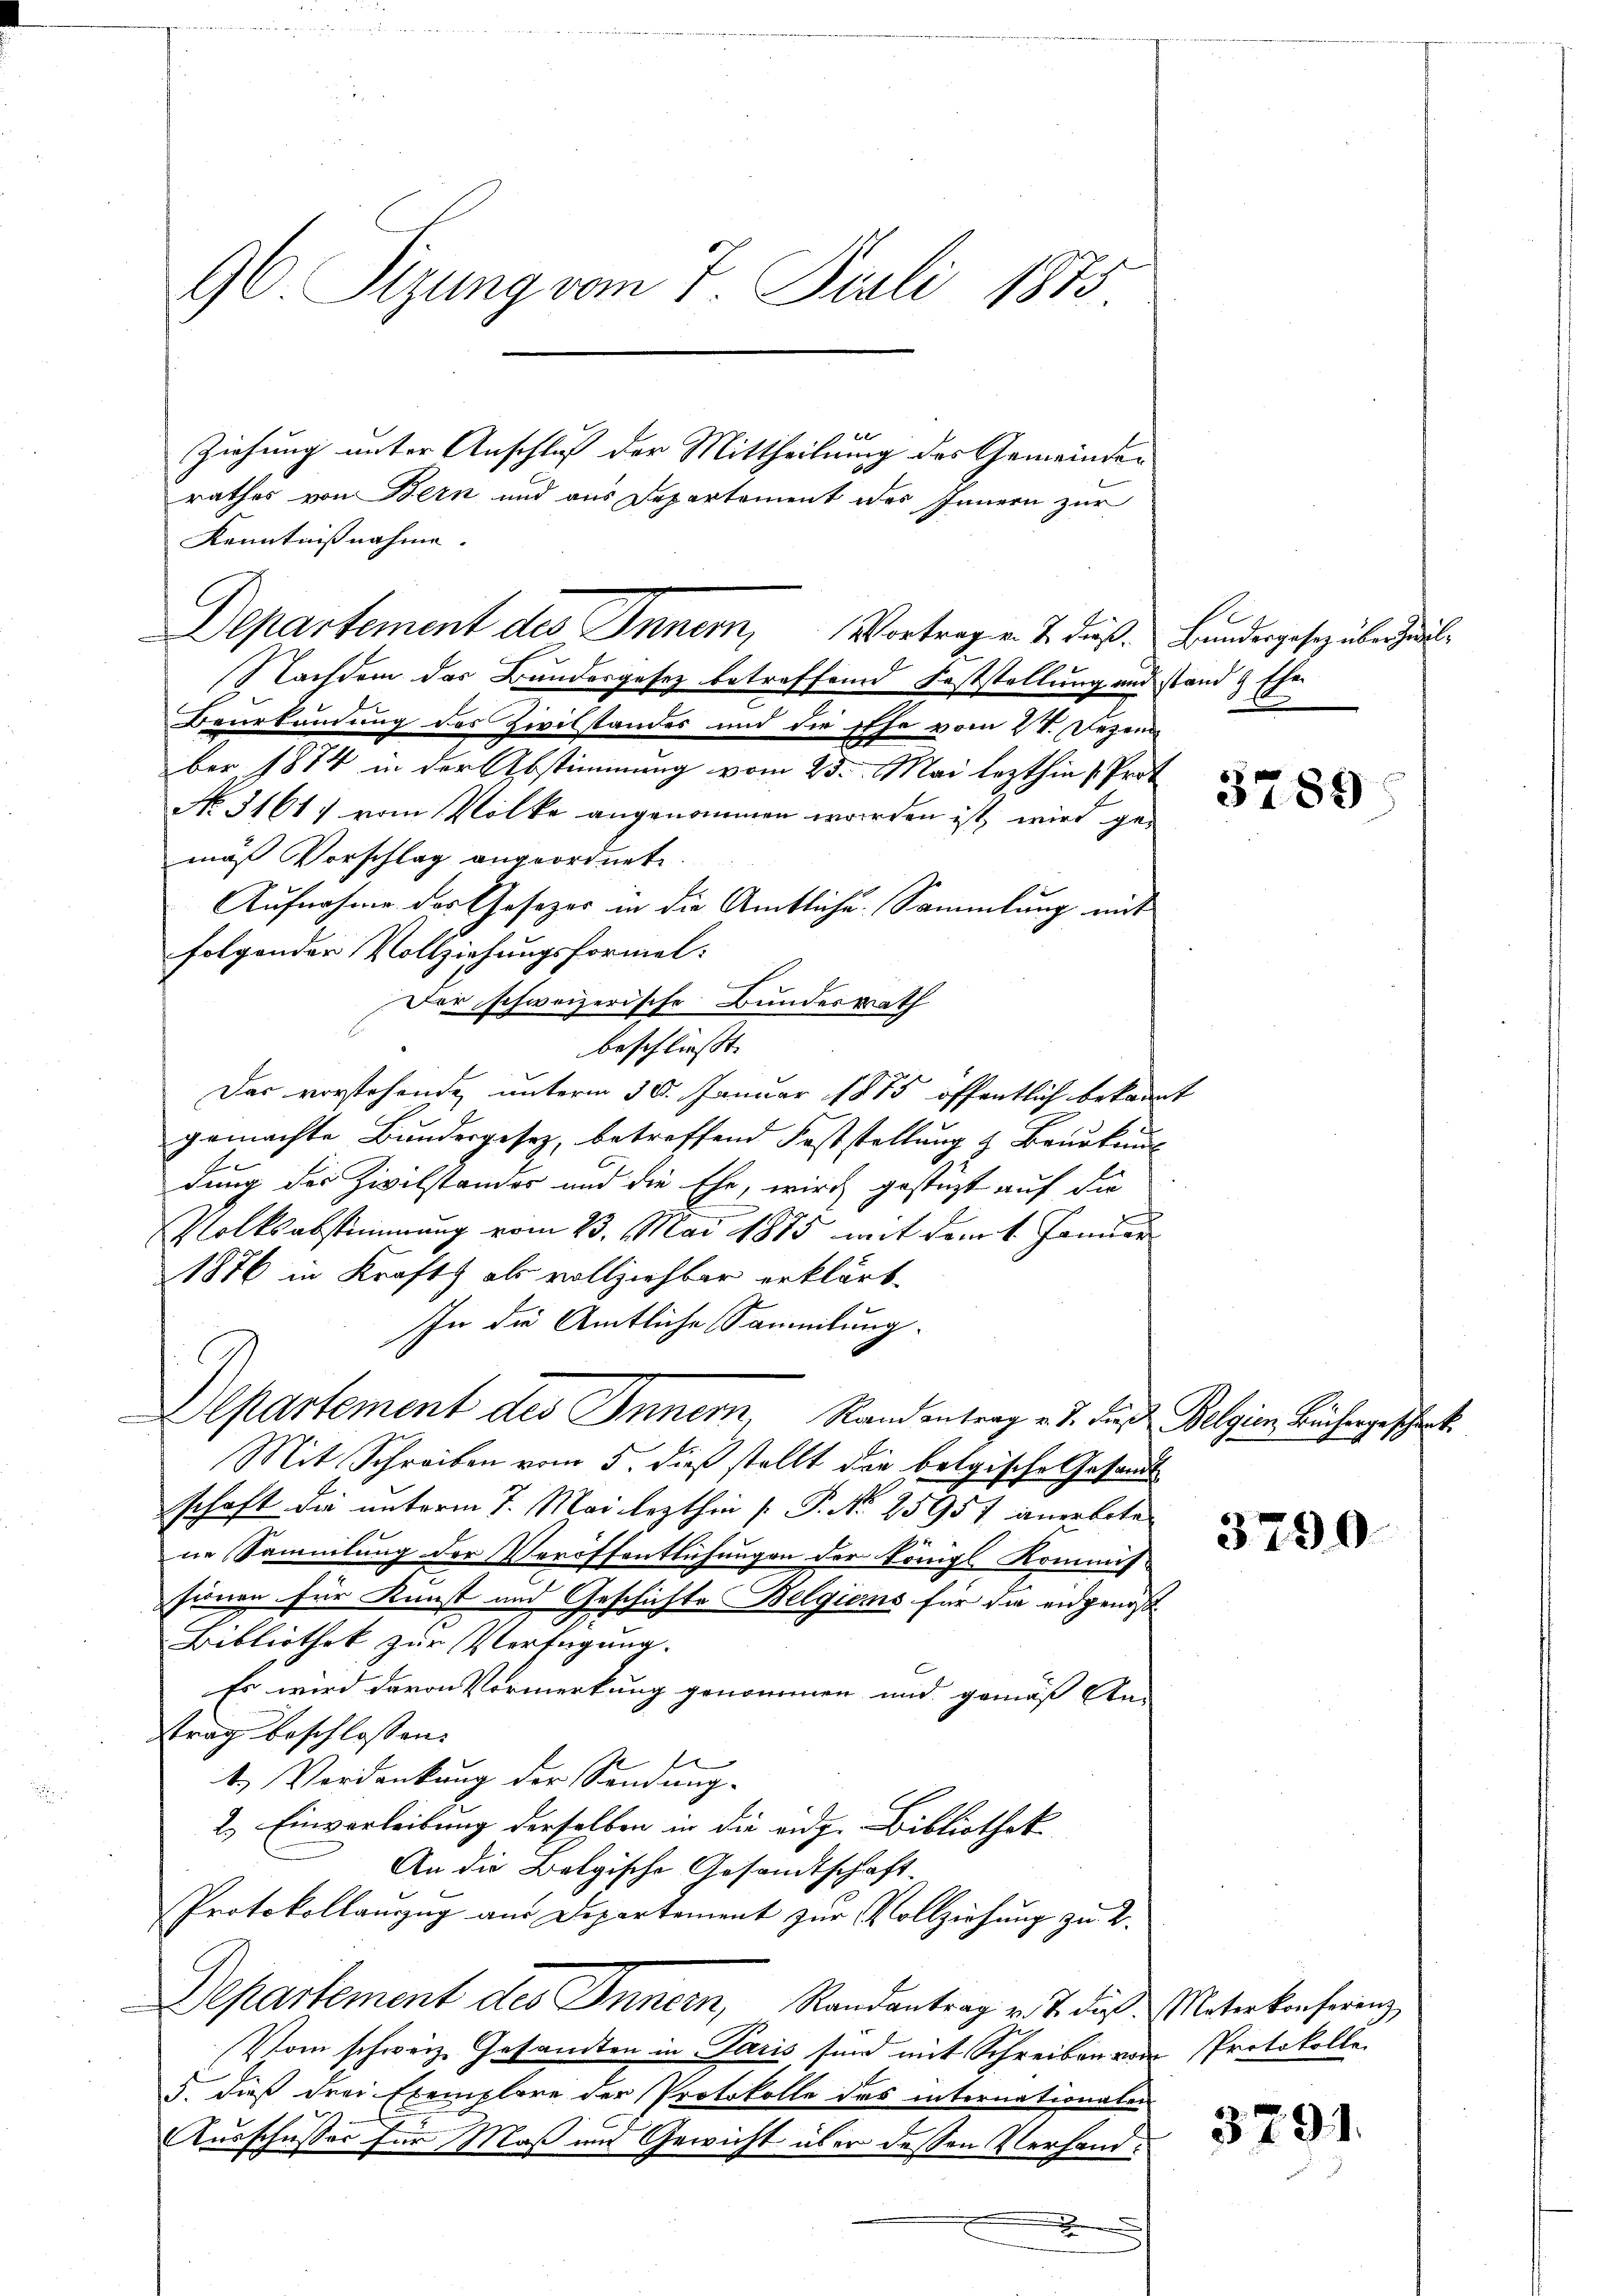
96 Sizung vom 7. Juli 1875.

Ziehung unter Anschluß der Mittheilung des Gemeinden
rathes von Bern und aus Departement des Innern zur
Kenntnißnahme.
Nachdem das Bundesgesez betreffend Feststellung und stand & Ehe
Beurkundung des Zivilstandes und die sehe vom VI. Dezem
ber 1874 in der Abstimmung vom 25. Mai lezthin (Prot
No. 3161) vom Volke angenommen worden ist, wird gemäß Vorschlag angeordnete.
Aufnahme des Gesezes in die Amtliche Sammlung mit
folgender Vollziehungsformel:
Der schweizerische Bundesrath
beschliesst. |
Das vorstehende unterm 30. Januar 1875 öffentlich bekannt
gemachte Bundesgesetz, betreffend Feststellung & Beurteurs
J
dung des Zivilstandes und die Ehe, wird gestüzt auf die
Volksabstimmung vom 23. Mai 1875 mit dem 1. Januar
1876 in Kraft als vollziehbar erklärt,
In die Amtliche Sammlung.
Departement des Innern, Randantrag v. J. die Belgien Büchergeschenk
Mit Schreiben vom 5. dieß stellt die belgische Gesandt
schaft die unterm 7. Mai lezthin [ P. Nr. 25957 anerbote
ne Sammlung der Veröffentlichungen der Königl. Kommissionen für Kunst und Geschichte Belgiers für die eidgenoß
Bibliothek zur Verfügung.
Es wird davon Vormerkung genommen und gemäß Eti
trag beschlossen:
f
t.) Verdankung der Sendung-
2.) Einverleibung derselben in die eidg. Bibliothek
An die Belgische Gesandtschaft
Protokollauszug aus Departement zur Vollziehung zu 2.
Departement des Innern, Randantrag v. J. dies Unterkonferenz
Vom schweiz. Gesandten in Paris sind mit Schreiben von Protokolle
5. dieß drei Exemplare der Protokolle des internationalen
Ausschusser für Maß und Gewicht über dessen Verhandx

Departement des Inner, Vortragen u. das Bundesgesetz überhal

|

3789

3790.

3791.